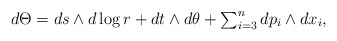
\begin{align*}d\Theta = ds\wedge d\log r + dt\wedge d\theta + \textstyle\sum_{i=3}^{n} dp_{i}\wedge dx_{i},\end{align*}